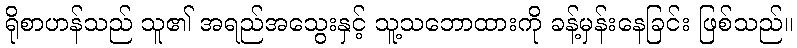
ရိုစာဟန်သည် သူ၏ အရည်အသွေးနှင့် သူ့သဘောထားကို ခန့်မှန်းနေခြင်း ဖြစ်သည်။